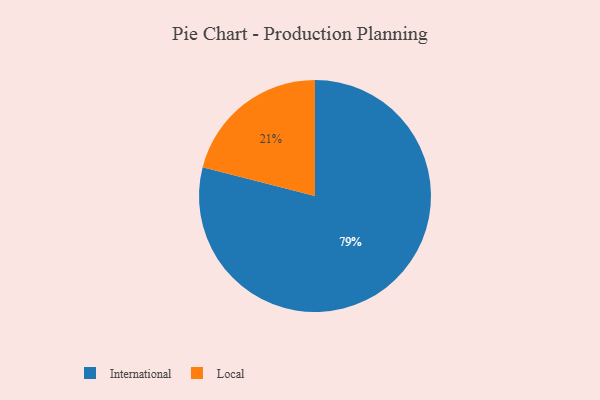
{"axis": {"x": "Category", "y": "Percentage"}, "legend": ["International", "Local"], "data": [{"x": "International", "y": 79, "type": "International"}, {"x": "Local", "y": 21, "type": "Local"}]}